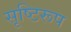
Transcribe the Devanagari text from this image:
सृष्टिरूप